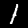
Label: 1